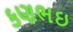
કણભઇ